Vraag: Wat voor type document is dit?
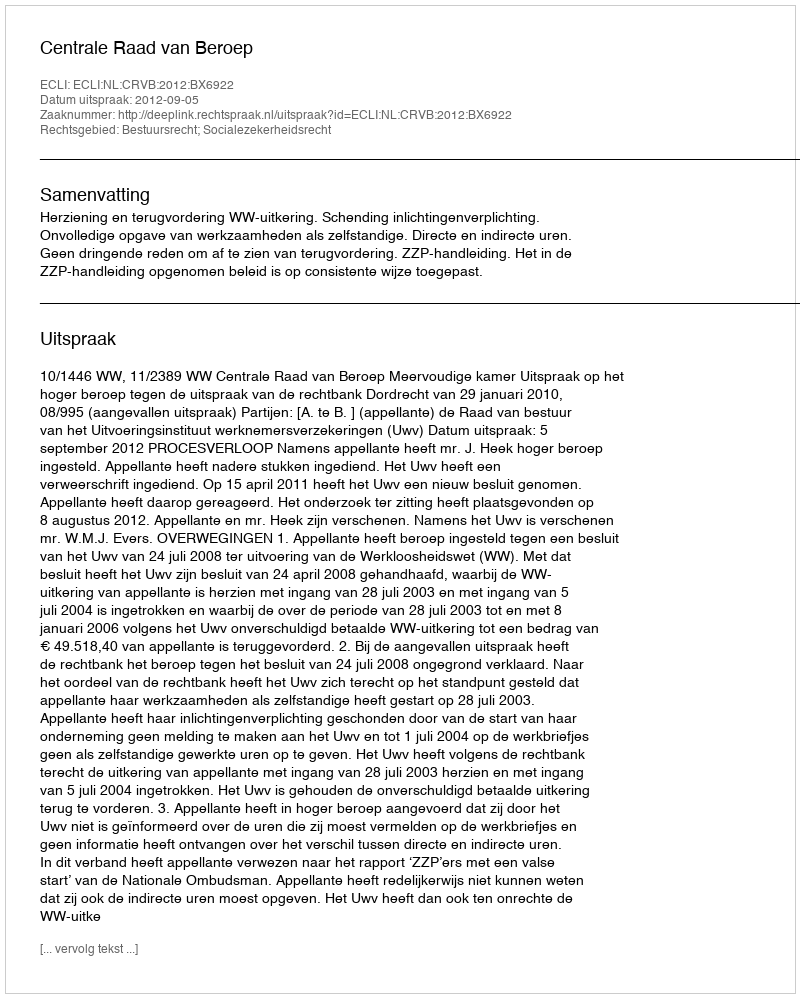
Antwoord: Uitspraak